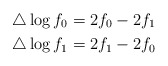
\begin{align*}\triangle\log f_0=2f_0-2f_{1}\\\triangle\log f_1=2f_1-2f_0\end{align*}